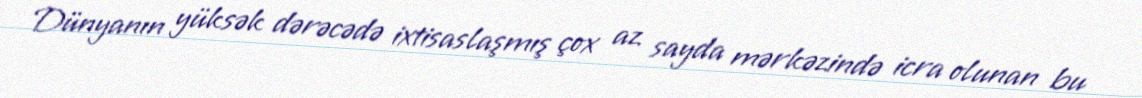
Dünyanın yüksək dərəcədə ixtisaslaşmış çox az sayda mərkəzində icra olunan bu